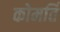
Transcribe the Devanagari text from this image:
कोमर्ति